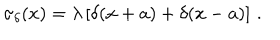
\sigma _ { \delta } ( x ) = \lambda \left[ \delta ( x + a ) + \delta ( x - a ) \right] \, .